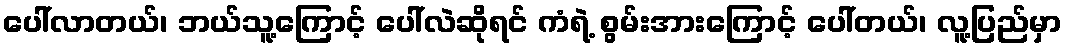
ပေါ်လာတယ်၊ ဘယ်သူ့ကြောင့် ပေါ်လဲဆိုရင် ကံရဲ့ စွမ်းအားကြောင့် ပေါ်တယ်၊ လူ့ပြည်မှာ